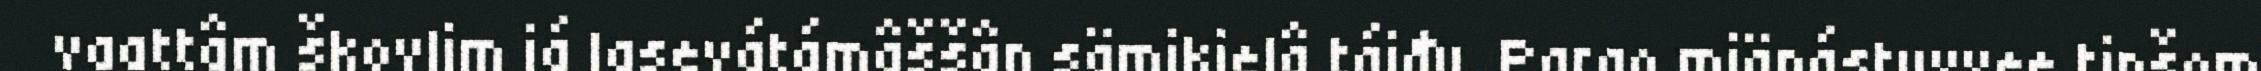
vaattâm škovlim já lasevátámâššân sämikielâ táiđu. Pargo miänástuvvee tipšom